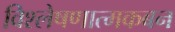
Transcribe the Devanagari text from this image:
विश्लेषणात्मकबन